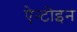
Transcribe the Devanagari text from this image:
ऐन्टोइन